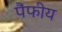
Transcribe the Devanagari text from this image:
पैंफीय